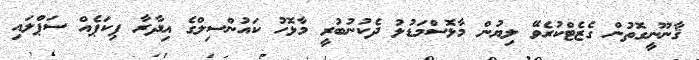
ޤާނޫނީގޮތުން ގެޒެޓްކުރެވޭ ލިޔުން މާޅޮސްމަޑުލު ދެކުނުބުރީ މާޅޮހު ކައުންސިލްގެ އިދާރާ ޕިކަޕެއް ސަޕްލައި